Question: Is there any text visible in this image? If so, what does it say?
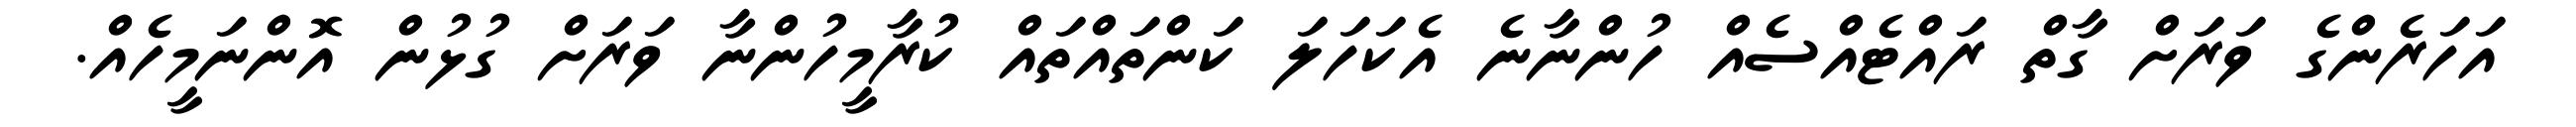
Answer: އަހަރެންގެ ވަރަށް ގާތް ރައްޓެއްސެއް ހުންނާނެ އެކަހަލަ ކަންތައްތައް ކުރާމީހުންނާ ވަރަށް ގުޅުން އޮންނަމީހެއް.